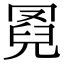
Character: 𦋌